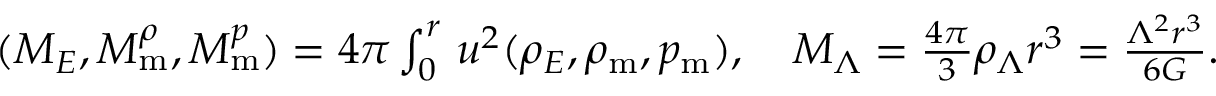
\begin{array} { r } { ( M _ { E } , M _ { \mathrm { m } } ^ { \rho } , M _ { \mathrm { m } } ^ { p } ) = 4 \pi \int _ { 0 } ^ { r } \d u \, u ^ { 2 } ( \rho _ { E } , \rho _ { \mathrm { m } } , p _ { \mathrm { m } } ) , \quad M _ { \Lambda } = \frac { 4 \pi } { 3 } \rho _ { \Lambda } r ^ { 3 } = \frac { \Lambda ^ { 2 } r ^ { 3 } } { 6 G } . } \end{array}